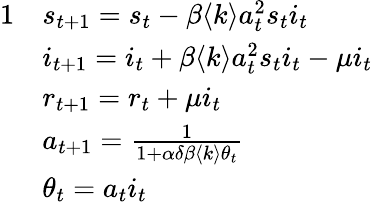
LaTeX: \begin{array}{rl}{{1}}&{s_{t+1}=s_{t}-\beta\langle k\rangle a_{t}^{2}s_{t}i_{t}}\\ &{i_{t+1}=i_{t}+\beta\langle k\rangle a_{t}^{2}s_{t}i_{t}-\mu i_{t}}\\ &{r_{t+1}=r_{t}+\mu i_{t}}\\ &{a_{t+1}=\frac{1}{1+\alpha\delta\beta\langle k\rangle\theta_{t}}}\\ &{\theta_{t}=a_{t}i_{t}}\end{array}